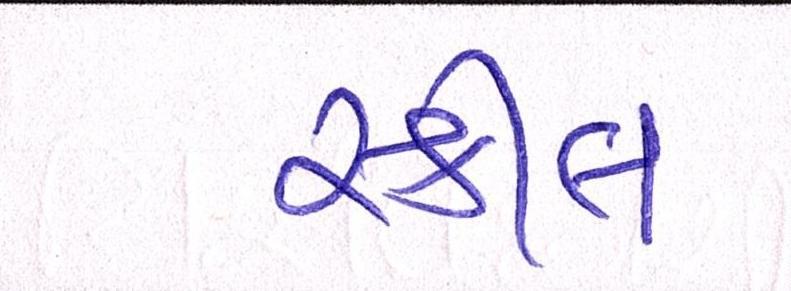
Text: સ્કીલ